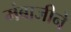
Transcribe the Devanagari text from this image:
मंबाजीने